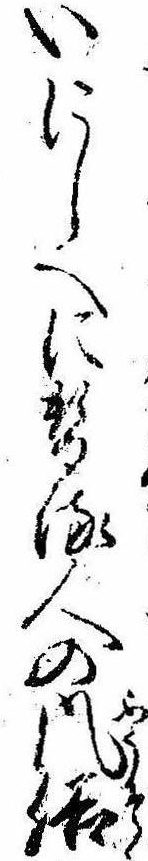
いにしへに替る人の風俗